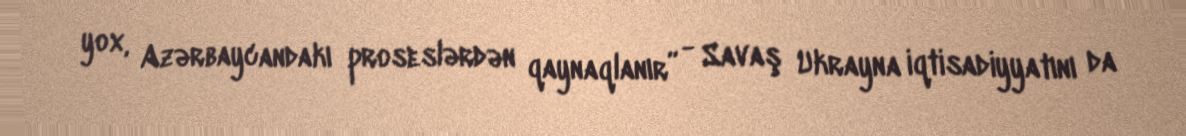
yox, Azərbaycandakı proseslərdən qaynaqlanır” - Savaş Ukrayna iqtisadiyyatını da